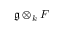
{ \mathfrak { g } } \otimes _ { k } F